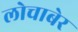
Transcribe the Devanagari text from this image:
लोचाबेर